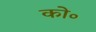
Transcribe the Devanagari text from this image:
को॰